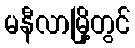
မနီလာမြို့တွင်